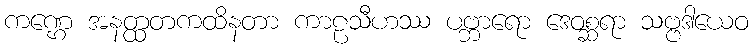
ကဏ္ဌေ အနတ္ထတကထိနတာ ကာဠသီဟဿ ပဗ္ဘာရော ဒေဝစ္ဆရာ သဗ္ဗဒါယေဝ